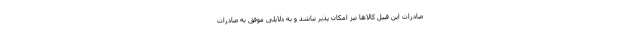
صادرات این قبیل کالاها نیز امکان پذیر نباشد و به دلایلی موفق به صادرات